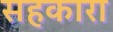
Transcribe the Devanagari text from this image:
सहकारा